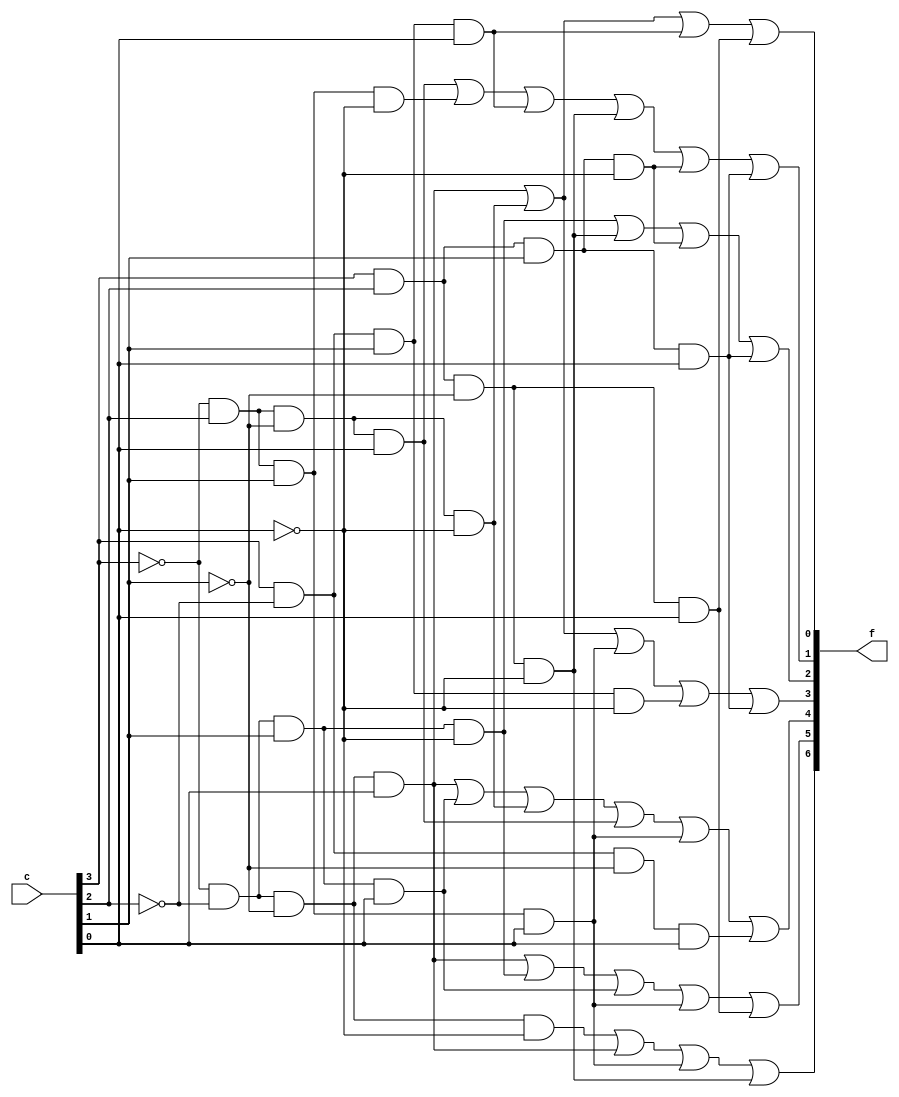
`timescale 1ns/1ns

module segment(input[3:0]c, output[6:0]f);
	assign f[0]=(~c[3]&~c[2]&~c[1]&c[0]) | (~c[3]&c[2]&~c[1]&~c[0]) | (c[3]&~c[2]&c[1]&c[0]) | (c[3]&c[2]&~c[1]&c[0]);
	assign f[1]=(~c[3]&c[2]&~c[1]&c[0]) | (~c[3]&c[2]&c[1]&~c[0]) | (c[3]&~c[2]&c[1]&c[0]) | (c[3]&c[2]&~c[1]&~c[0]) | (c[3]&c[2]&c[1]&~c[0]) | (c[3]&c[2]&c[1]&c[0]);
	assign f[2]=(~c[3]&~c[2]&c[1]&~c[0]) | (c[3]&c[2]&~c[1]&~c[0]) | (c[3]&c[2]&c[1]&~c[0]) | (c[3]&c[2]&c[1]&c[0]);
	assign f[3]=(~c[3]&~c[2]&~c[1]&c[0]) | (~c[3]&c[2]&~c[1]&~c[0]) | (~c[3]&c[2]&c[1]&c[0]) | (c[3]&~c[2]&c[1]&~c[0]) | (c[3]&c[2]&c[1]&c[0]);
	assign f[4]=(~c[3]&~c[2]&~c[1]&c[0]) | (~c[3]&~c[2]&c[1]&c[0]) | (~c[3]&c[2]&~c[1]&~c[0]) | (~c[3]&c[2]&~c[1]&c[0]) | (~c[3]&c[2]&c[1]&c[0]) | (c[3]&~c[2]&~c[1]&c[0]);
	assign f[5]=(~c[3]&~c[2]&~c[1]&c[0]) | (~c[3]&~c[2]&c[1]&~c[0]) | (~c[3]&~c[2]&c[1]&c[0]) | (~c[3]&c[2]&c[1]&c[0]) | (c[3]&c[2]&~c[1]&c[0]);
	assign f[6]=(~c[3]&~c[2]&~c[1]&~c[0]) | (~c[3]&~c[2]&~c[1]&c[0]) | (~c[3]&c[2]&c[1]&c[0]) | (c[3]&c[2]&~c[1]&~c[0]);
endmodule	
	
module gate(input [3:0]SW, output [6:0]HEX0);
	segment u1 (.c(SW), .f(HEX0));
endmodule